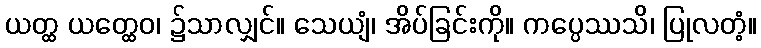
ယတ္ထ ယတ္ထေဝ၊ ၌သာလျှင်။ သေယျံ၊ အိပ်ခြင်းကို။ ကပ္ပေဿသိ၊ ပြုလတံ့။